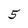
Character: 5